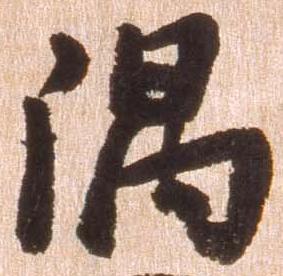
隅